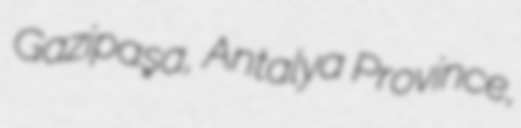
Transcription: Gazipaşa, Antalya Province,